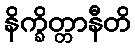
နိက္ခိတ္တာနီတိ